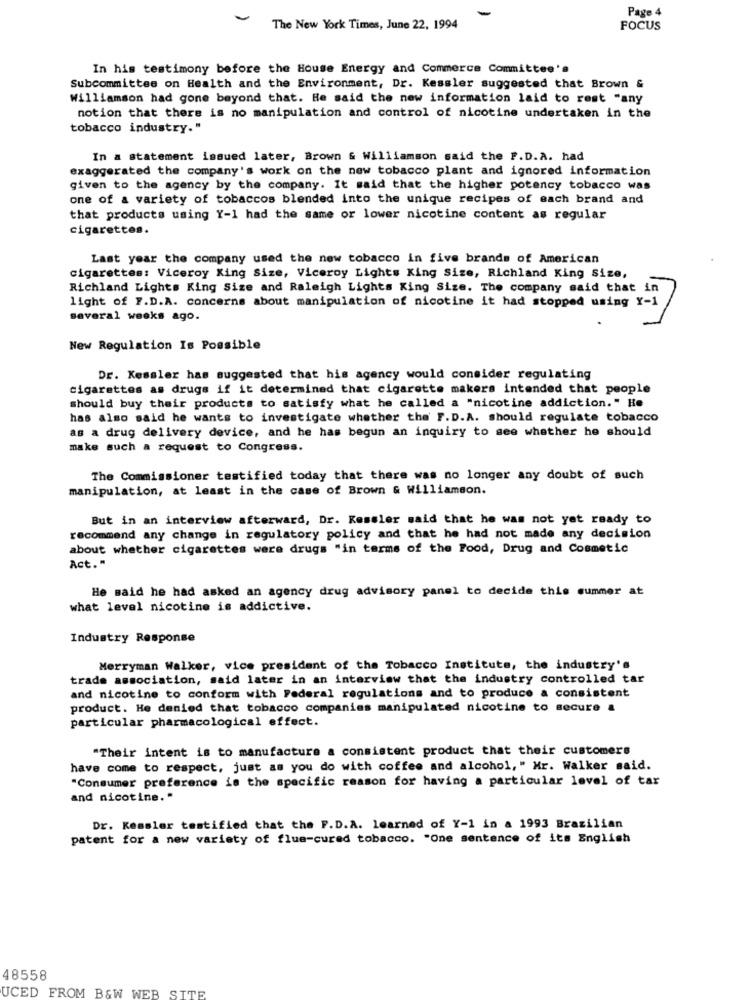
Page 4
The New York Times, June 22, 1994
FOCUS
In his testimony before the House Energy and Commerce Committee's
Subcommittee on Health and the Environment, Dr. Kessler suggested that Brown &
Williamson had gone beyond that. He said the new information laid to rest "any
notion that there is no manipulation and control of nicotine undertaken in the
tobacco industry."
In a statement issued later, Brown & Williamson said the F.D.A. had
exaggerated the company's work on the new tobacco plant and ignored information
given to the agency by the company. It said that the higher potency tobacco was
one of a variety of tobaccos blended into the unique recipes of each brand and
that products using Y-1 had the same or lower nicotine content as regular
cigarettes.
Last year the company used the new tobacco in five brands of American
cigarettes: Viceroy King Size, Viceroy Lights King Size, Richland King Size,
Richland Lights King Size and Raleigh Lights King Size. The company said that in
light of F.D.A. concerns about manipulation of nicotine it had stopped using Y-1
several weeks ago.
New Regulation Is Possible
Dr. Kessler has suggested that his agency would consider regulating
cigarettes as drugs if it determined that cigarette makers intended that people
should buy their products to satisfy what he called a "nicotine addiction." He
has also said he wants to investigate whether the' F.D.A. should regulate tobacco
as a drug delivery device, and he has begun an inquiry to see whether he should
make such a request to Congress.
The Commissioner testified today that there was no longer any doubt of such
manipulation, at least in the case of Brown & Williamson.
But in an interview afterward, Dr. Kessler said that he was not yet ready to
recommend any change in regulatory policy and that he had not made any decision
about whether cigarettes were drugs "in terms of the Food, Drug and Cosmetic
Act."
He said he had asked an agency drug advisory panel to decide this summer at
what level nicotine is addictive.
Industry Response
Merryman Walker, vice president of the Tobacco Institute, the industry's
trade association, said later in an interview that the industry controlled tar
and nicotine to conform with Federal regulations and to produce a consistent
product. He denied that tobacco companies manipulated nicotine to secure &
particular pharmacological effect.
"Their intent is to manufacture a consistent product that their customers
have come to respect, just as you do with coffee and alcohol, " Mr. Walker said.
"Consumer preference is the specific reason for having a particular level of tar
and nicotine."
Dr. Kessler testified that the F.D.A. learned of Y-1 in a 1993 Brazilian
patent for a new variety of flue-cured tobacco. "One sentence of its English
48558
UCED FROM B&W WEB SITE